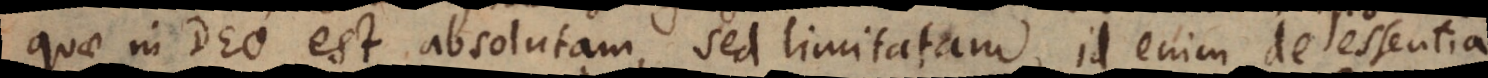
quae in Deo est absolutam, sed limitatam, id enim de essentia